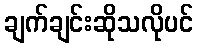
ချက်ချင်းဆိုသလိုပင်